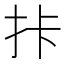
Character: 拤